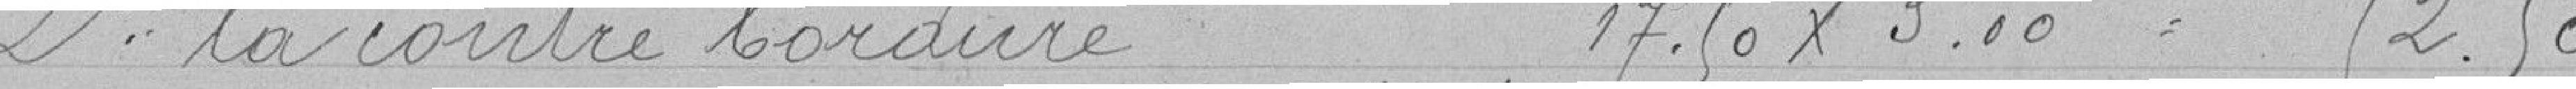
2° la contre bordure 17.50 x 3 = 52,50